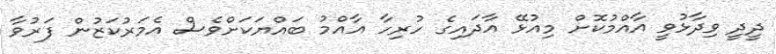
ދީދީ ވިދާޅުވީ އާއްމުކޮށް މިއުޅޭ އާދައިގެ ހުރިހާ އާއްމު ބައްްޔަކަށްވެސް އެމަރުކަޒުން ފަރުވާ